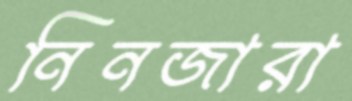
নিনজারা